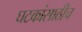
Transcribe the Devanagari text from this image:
घटकांसाठीच